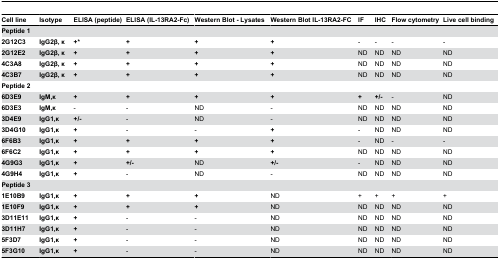
<table><thead><tr><td><b>Cell line</b></td><td><b>Isotype</b></td><td><b>ELISA (peptide)</b></td><td><b>ELISA (IL-13RA2-Fc)</b></td><td><b>Western Blot - Lysates</b></td><td><b>Western Blot IL-13RA2-FC</b></td><td><b>IF</b></td><td><b>IHC</b></td><td><b>Flow cytometry</b></td><td><b>Live cell binding</b></td></tr></thead><tbody><tr><td><b>Peptide 1</b></td><td></td><td></td><td></td><td></td><td></td><td></td><td></td><td></td><td></td></tr><tr><td><b>2G12C3</b></td><td><b>IgG2β, κ</b></td><td><b>+*</b></td><td><b>+</b></td><td><b>+</b></td><td><b>+</b></td><td> -</td><td> -</td><td> -</td><td> -</td></tr><tr><td><b>2G12E2</b></td><td><b>IgG2β, κ</b></td><td><b>+</b></td><td><b>+</b></td><td><b>+</b></td><td><b>+</b></td><td>ND</td><td>ND</td><td>ND</td><td>ND</td></tr><tr><td><b>4C3A8</b></td><td><b>IgG2β, κ</b></td><td><b>+</b></td><td><b>+</b></td><td><b>+</b></td><td><b>+</b></td><td>ND</td><td>ND</td><td>ND</td><td>ND</td></tr><tr><td><b>4C3B7</b></td><td><b>IgG2β, κ</b></td><td><b>+</b></td><td><b>+</b></td><td><b>+</b></td><td><b>+</b></td><td>ND</td><td>ND</td><td>ND</td><td>ND</td></tr><tr><td><b>Peptide 2</b></td><td></td><td></td><td></td><td></td><td></td><td></td><td></td><td></td><td></td></tr><tr><td><b>6D3E9</b></td><td><b>IgM,κ</b></td><td><b>+</b></td><td><b>+</b></td><td><b>+</b></td><td><b>+</b></td><td><b>+</b></td><td><b>+/-</b></td><td> -</td><td>ND</td></tr><tr><td><b>6D3E3</b></td><td><b>IgM,κ</b></td><td> -</td><td> -</td><td>ND</td><td> -</td><td>ND</td><td>ND</td><td>ND</td><td>ND</td></tr><tr><td><b>3D4E9</b></td><td><b>IgG1,κ</b></td><td><b>+/-</b></td><td> -</td><td>ND</td><td> -</td><td>ND</td><td>ND</td><td>ND</td><td>ND</td></tr><tr><td><b>3D4G10</b></td><td><b>IgG1,κ</b></td><td><b>+</b></td><td> -</td><td> -</td><td><b>+</b></td><td> -</td><td>ND</td><td>ND</td><td>ND</td></tr><tr><td><b>6F6B3</b></td><td><b>IgG1,κ</b></td><td><b>+</b></td><td><b>+</b></td><td><b>+</b></td><td><b>+</b></td><td> -</td><td>ND</td><td> -</td><td> -</td></tr><tr><td><b>6F6C2</b></td><td><b>IgG1,κ</b></td><td><b>+</b></td><td><b>+</b></td><td><b>+</b></td><td><b>+</b></td><td>ND</td><td>ND</td><td>ND</td><td>ND</td></tr><tr><td><b>4G9G3</b></td><td><b>IgG1,κ</b></td><td><b>+</b></td><td><b>+/-</b></td><td>ND</td><td><b>+/-</b></td><td> -</td><td>ND</td><td>ND</td><td>ND</td></tr><tr><td><b>4G9H4</b></td><td><b>IgG1,κ</b></td><td><b>+</b></td><td> -</td><td>ND</td><td> -</td><td>ND</td><td>ND</td><td>ND</td><td>ND</td></tr><tr><td><b>Peptide 3</b></td><td></td><td></td><td></td><td></td><td></td><td></td><td></td><td></td><td></td></tr><tr><td><b>1E10B9</b></td><td><b>IgG1,κ</b></td><td><b>+</b></td><td><b>+</b></td><td><b>+</b></td><td>ND</td><td> +</td><td> +</td><td> +</td><td> +</td></tr><tr><td><b>1E10F9</b></td><td><b>IgG1,κ</b></td><td><b>+</b></td><td><b>+</b></td><td><b>+</b></td><td>ND</td><td>ND</td><td>ND</td><td>ND</td><td>ND</td></tr><tr><td><b>3D11E11</b></td><td><b>IgG1,κ</b></td><td><b>+</b></td><td> -</td><td> -</td><td>ND</td><td>ND</td><td>ND</td><td>ND</td><td>ND</td></tr><tr><td><b>3D11H7</b></td><td><b>IgG1,κ</b></td><td><b>+</b></td><td> -</td><td> -</td><td>ND</td><td>ND</td><td>ND</td><td>ND</td><td>ND</td></tr><tr><td><b>5F3D7</b></td><td><b>IgG1,κ</b></td><td><b>+</b></td><td> -</td><td> -</td><td>ND</td><td>ND</td><td>ND</td><td>ND</td><td>ND</td></tr><tr><td><b>5F3G10</b></td><td><b>IgG1,κ</b></td><td><b>+</b></td><td> -</td><td> -</td><td>ND</td><td>ND</td><td>ND</td><td>ND</td><td>ND</td></tr></tbody></table>